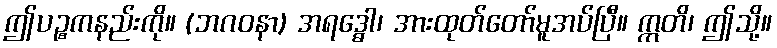
ဤပဉ္စကနည်းကို။ (ဘဂဝနာ) အရဒ္ဓေါ၊ အားထုတ်တော်မူအပ်ပြီ။ ဣတိ၊ ဤသို့။